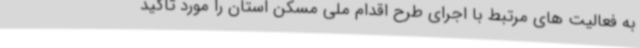
به فعالیت های مرتبط با اجرای طرح اقدام ملی مسکن استان را مورد تأکید